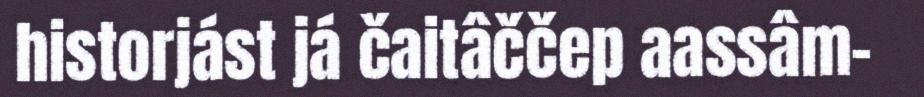
historjást já čaitâččep aassâm-